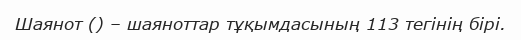
Шаянот () – шаяноттар тұқымдасының 113 тегінің бірі.